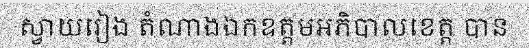
ស្វាយរៀង តំណាងឯកឧត្តមអភិបាលខេត្ត បាន